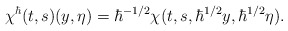
\begin{align*}\chi^\hbar(t,s)(y,\eta)=\hbar^{-1/2}\chi(t,s,\hbar^{1/2}y,\hbar^{1/2}\eta).\end{align*}